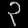
Digit: ၃